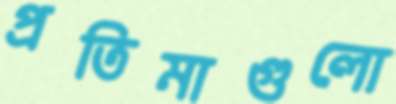
প্রতিমাগুলো